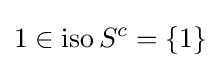
1\in \operatorname {iso} S^{c}=\{1\}